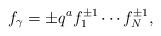
LaTeX: \begin{align*}f_\gamma=\pm q^a f_1^{\pm1}\cdots f_N^{\pm1},\end{align*}